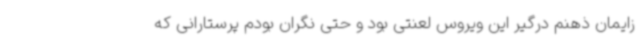
زایمان ذهنم درگیر این ویروس لعنتی بود و حتی نگران بودم پرستارانی که